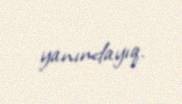
yanındayıq.